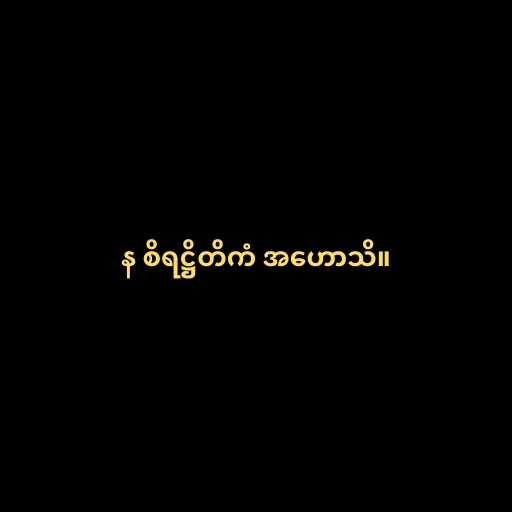
န စိရဋ္ဌိတိကံ အဟောသိ။